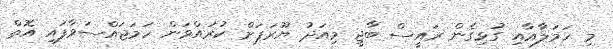
މި ހަމަލާއާއި ގުޅިގެން ރައީސް ބާޖީ މިއަދު ޔޫރަޕަށް ކުރައްވަން ހަމަޖައްސަވާފައި އޮތް